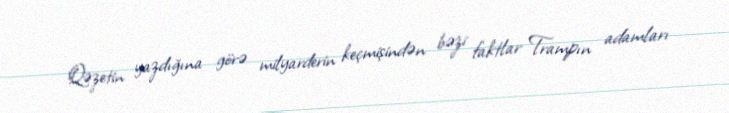
Qəzetin yazdığına görə milyarderin keçmişindən bəzi faktlar Trampın adamları